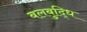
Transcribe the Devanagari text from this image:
बलबुद्धि